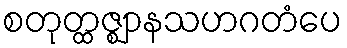
စတုတ္ထဇ္ဈာနသဟဂတံပေ